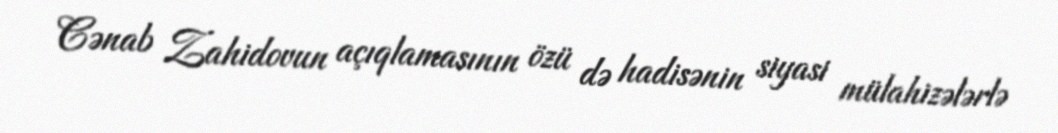
Cənab Zahidovun açıqlamasının özü də hadisənin siyasi mülahizələrlə